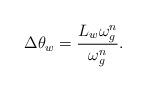
LaTeX: \begin{align*}\Delta\theta_w=\frac{L_w\omega_g^n}{\omega_g^n}.\end{align*}